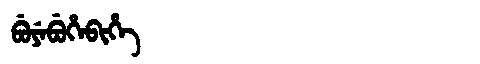
Manchu: ᠪᡠᠶᡝᠪᡠᡥᡝᠪᡳᡥᡝ
Romanization: BUYEBUHEBIHE